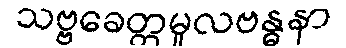
သဗ္ဗခေတ္တမူလဗန္ဓနာ